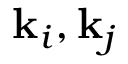
\mathbf { k } _ { i } , \mathbf { k } _ { j }